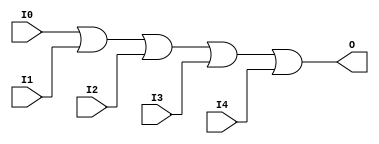
// $Header: /devl/xcs/repo/env/Databases/CAEInterfaces/xec_libs/data/unisims/OR5.v,v 1.1 2005/05/10 01:20:08 wloo Exp $

/*

FUNCTION	: 5-INPUT OR GATE

*/

`celldefine
`timescale  100 ps / 10 ps

module OR5 (O, I0, I1, I2, I3, I4);

    output O;

    input  I0, I1, I2, I3, I4;

    or O1 (O, I0, I1, I2, I3, I4);

endmodule